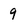
Character: 9